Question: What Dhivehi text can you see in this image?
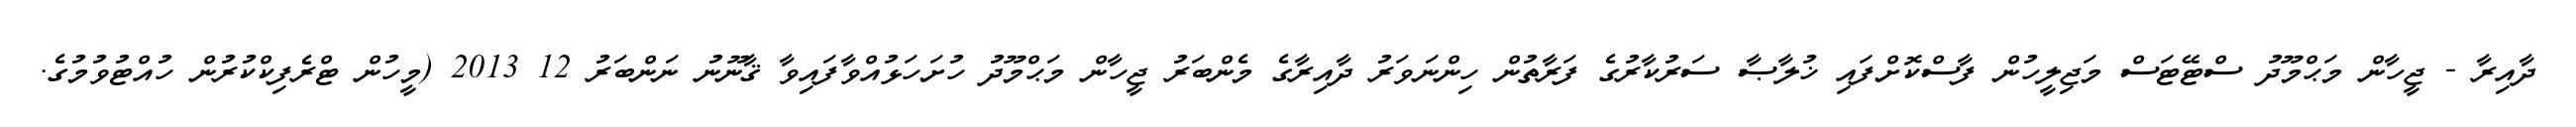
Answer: ދާއިރާ - ޖީހާން މަޙްމޫދު ސްޓޭޓަސް މަޖިލީހުން ފާސްކޮށްފައި ޚުލާޞާ ސަރުކާރުގެ ފަރާތުން ހިންނަވަރު ދާއިރާގެ މެންބަރު ޖީހާން މަޙްމޫދު ހުށަހަޅުއްވާފައިވާ ޤާނޫނު ނަންބަރު 12 2013 (މީހުން ޓްރެފިކްކުރުން ހުއްޓުވުމުގެ.